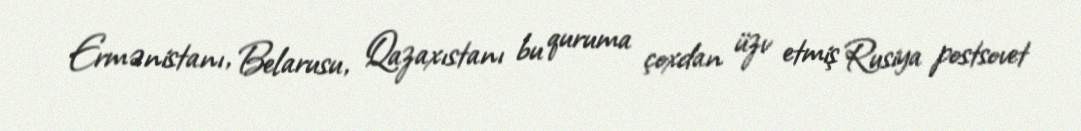
Ermənistanı, Belarusu, Qazaxıstanı bu quruma çoxdan üzv etmiş Rusiya postsovet